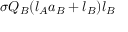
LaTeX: \sigma Q _ { B } ( l _ { A } a _ { B } + l _ { B } ) l _ { B }